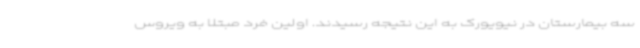
سه بیمارستان در نیویورک به این نتیجه رسیدند. اولین فرد مبتلا به ویروس